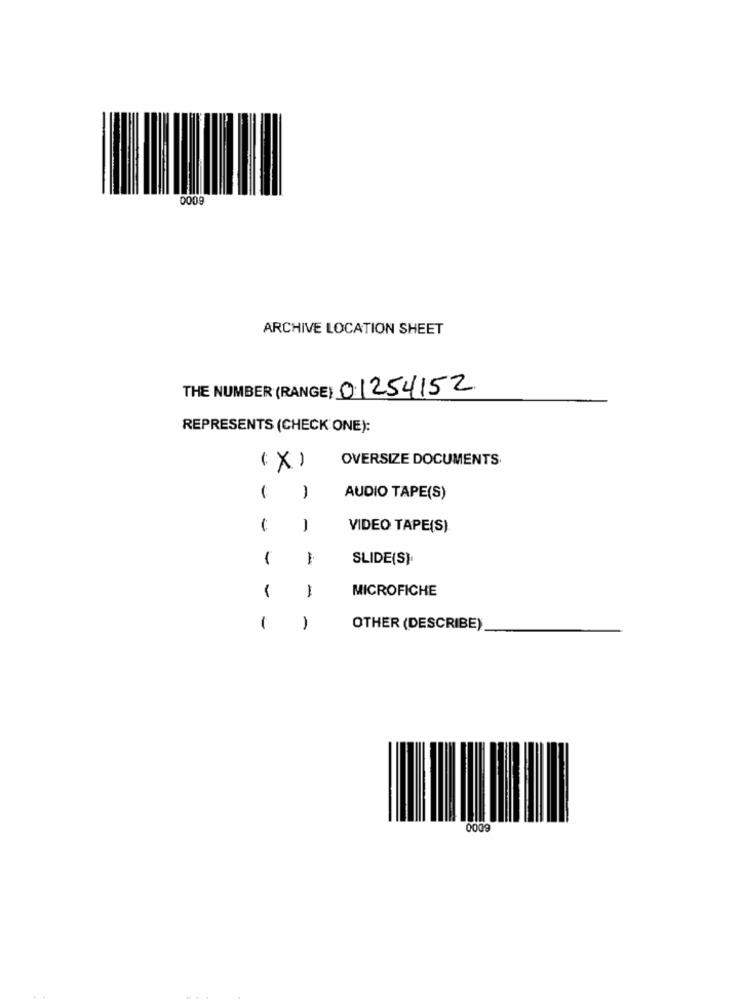
0009
ARCHIVE LOCATION SHEET
THE NUMBER (RANGE) 01254152
REPRESENTS (CHECK ONE):
OVERSIZE DOCUMENTS
(X)
-
1
AUDIO TAPE(S)
-
VIDEO TAPE(S)
SLIDE(S).
1
MICROFICHE
-
1
-
OTHER (DESCRIBE)